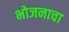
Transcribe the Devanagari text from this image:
भोजनाचा